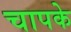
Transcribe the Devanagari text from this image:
चापके